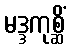
မဒ္ဒကုစ္ဆိံ